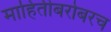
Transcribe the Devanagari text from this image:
माहितीबरोबरच